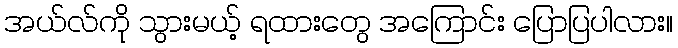
အယ်လ်ကို သွားမယ့် ရထားတွေ အကြောင်း ပြောပြပါလား။